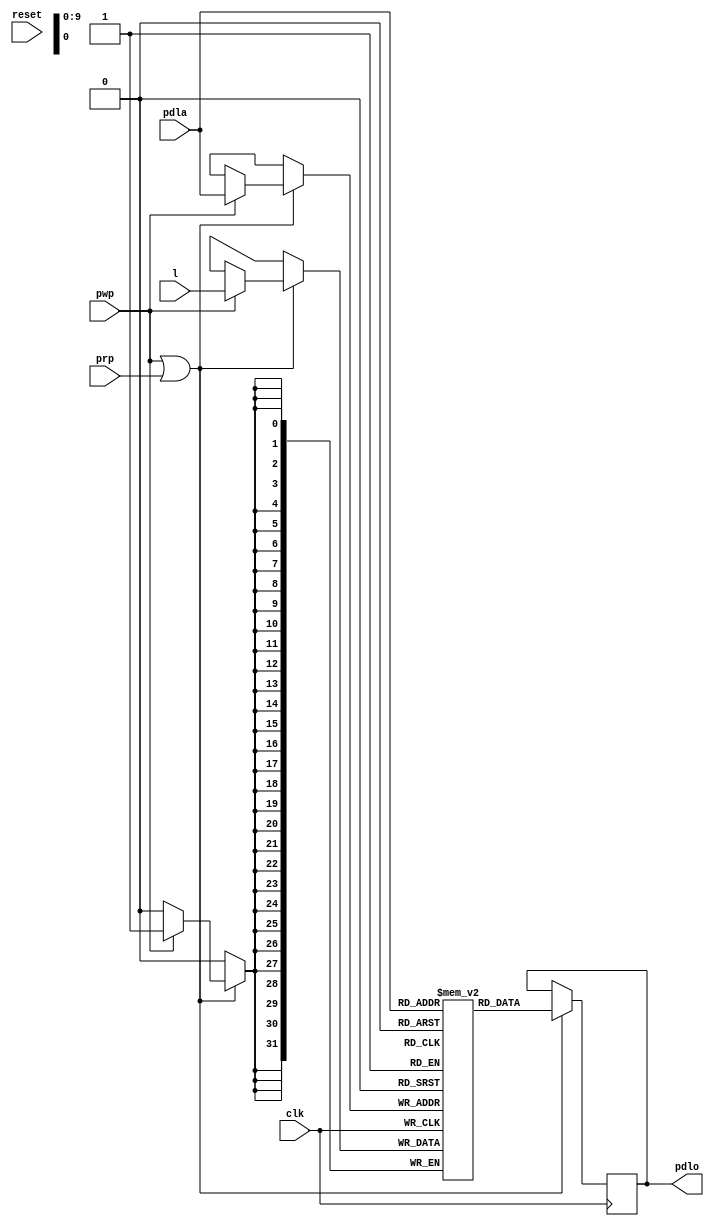
// PDL --- PDL BUFFER
//
// ---!!! Add description.
//
// History:
//
//   (20YY-MM-DD HH:mm:ss BRAD) Converted to Verilog; merge of PDL0, and PDL1.
//	???: Nets added.
//	???: Nets removed.
//   (1978-02-02 20:56:26 TK) PDL0: Initial.
//   (1978-02-02 20:53:20 TK) PDL1: Initial.

`timescale 1ns/1ps
`default_nettype none

module PDL(/*AUTOARG*/
   // Outputs
   pdlo,
   // Inputs
   clk, reset, l, pdla, prp, pwp
   );

   input clk;
   input reset;

   input [31:0] l;
   input [9:0] pdla;
   input prp;
   input pwp;
   output [31:0] pdlo;

   ////////////////////////////////////////////////////////////////////////////////

   localparam ADDR_WIDTH = 10;
   localparam DATA_WIDTH = 32;
   localparam MEM_DEPTH = 1024;

   ////////////////////////////////////////////////////////////////////////////////

`ifdef ISE
   wire ena_a = prp | 1'b0;
   wire ena_b = 1'b0 | pwp;

   ise_PDL inst
     (
      .clka(clk),
      .ena(ena_a),
      .wea(1'b0),
      .addra(pdla),
      .dina(32'b0),
      .douta(pdlo),
      .clkb(clk),
      .enb(ena_b),
      .web(pwp),
      .addrb(pdla),
      .dinb(l),
      .doutb()
      /*AUTOINST*/);
`else
	reg [31:0] ram [0:1023];
   reg [31:0] out_a;
   reg [31:0] out_b;

	initial out_a = 0;
   assign pdlo = out_a;

	wire p_en = pwp | prp;
	
	always @(posedge clk) begin
		if (p_en) begin
			if (pwp) begin
				ram[pdla] <= l;
			end
			out_a <= ram[pdla];
		end
	end
	
	/*
	reg [31:0] ram [0:1023];
   reg [31:0] out_a;
   reg [31:0] out_b;

   assign pdlo = out_a;
	
   always @(posedge clk)
     if (1'b0) begin
	ram[pdla] <= 32'b0;
     end else if (pwp) begin
	ram[pdla] <= l;
     end

   always @(posedge clk)
     if (reset)
       out_a <= 0;
     else if (prp) begin
	out_a <= ram[pdla];
     end

   always @(posedge clk)
     if (reset)
       out_b <= 0;
     else if (1'b0) begin
	out_b <= ram[pdla];
     end
	*/
`endif

endmodule

`default_nettype wire

// Local Variables:
// verilog-library-directories: (".." "../cores/xilinx")
// End: